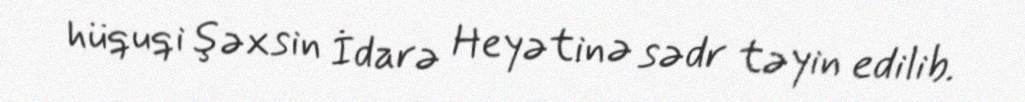
hüquqi şəxsin İdarə Heyətinə sədr təyin edilib.